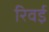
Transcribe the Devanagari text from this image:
रिवई